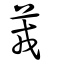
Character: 茙